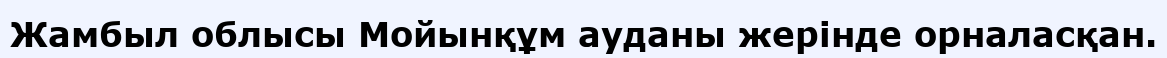
Жамбыл облысы Мойынқұм ауданы жерінде орналасқан.